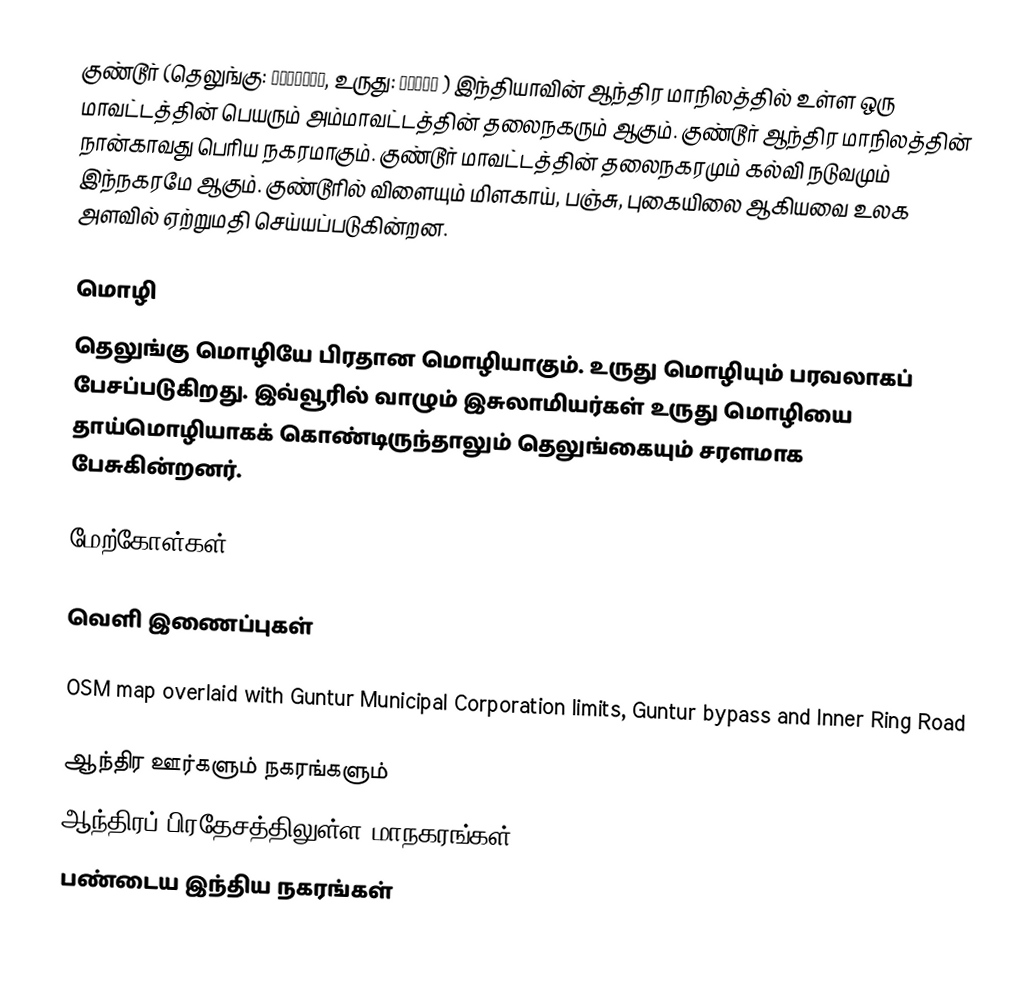
குண்டூர் (தெலுங்கு: గుంటూరు, உருது: گنٹور ) இந்தியாவின் ஆந்திர மாநிலத்தில் உள்ள ஒரு மாவட்டத்தின் பெயரும் அம்மாவட்டத்தின் தலைநகரும் ஆகும். குண்டூர் ஆந்திர மாநிலத்தின் நான்காவது பெரிய நகரமாகும். குண்டூர் மாவட்டத்தின் தலைநகரமும் கல்வி நடுவமும் இந்நகரமே ஆகும். குண்டூரில் விளையும் மிளகாய், பஞ்சு, புகையிலை ஆகியவை உலக அளவில் ஏற்றுமதி செய்யப்படுகின்றன.

மொழி
தெலுங்கு மொழியே பிரதான மொழியாகும். உருது மொழியும் பரவலாகப் பேசப்படுகிறது. இவ்வூரில் வாழும் இசுலாமியர்கள் உருது மொழியை தாய்மொழியாகக் கொண்டிருந்தாலும் தெலுங்கையும் சரளமாக பேசுகின்றனர்.

மேற்கோள்கள்

வெளி இணைப்புகள்

OSM map overlaid with Guntur Municipal Corporation limits, Guntur bypass and Inner Ring Road

ஆந்திர ஊர்களும் நகரங்களும்
ஆந்திரப் பிரதேசத்திலுள்ள மாநகரங்கள்
பண்டைய இந்திய நகரங்கள்